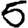
Digit: 5